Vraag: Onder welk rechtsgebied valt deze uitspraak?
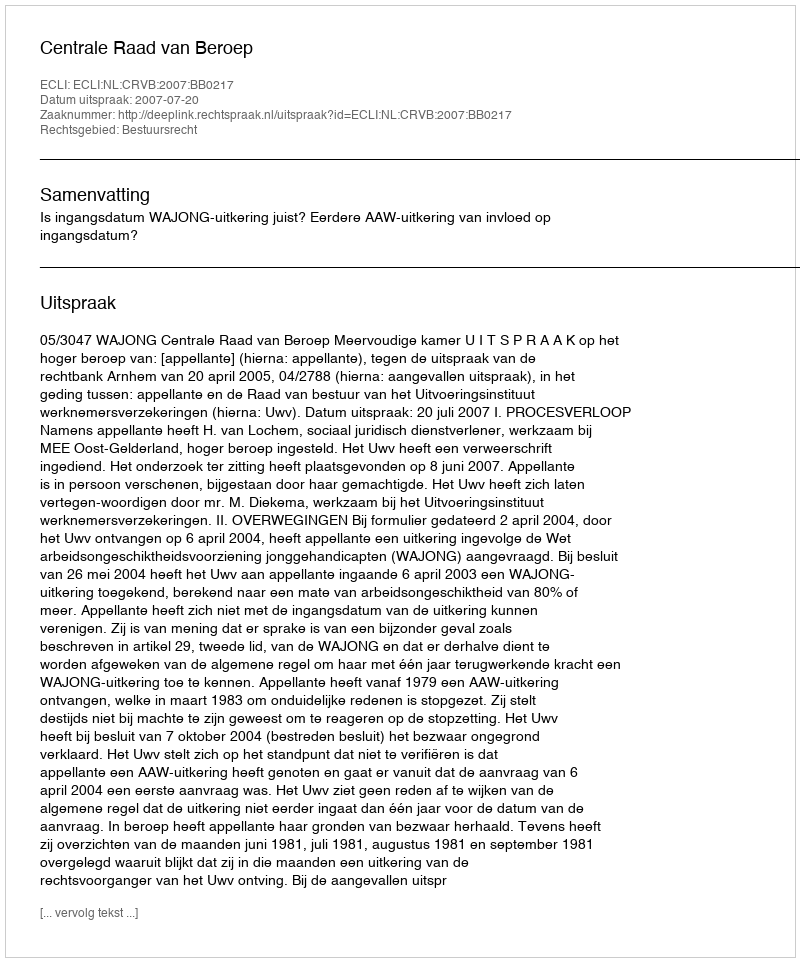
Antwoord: Bestuursrecht